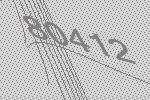
80412